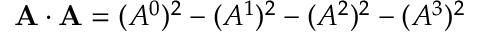
\mathbf { A \cdot A } = ( A ^ { 0 } ) ^ { 2 } - ( A ^ { 1 } ) ^ { 2 } - ( A ^ { 2 } ) ^ { 2 } - ( A ^ { 3 } ) ^ { 2 }